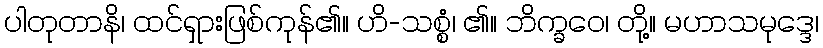
ပါတုတာနိ၊ ထင်ရှားဖြစ်ကုန်၏။ ဟိ-သစ္စံ၊ ၏။ ဘိက္ခဝေ၊ တို့။ မဟာသမုဒ္ဒေ၊